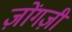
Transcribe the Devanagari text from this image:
ज़ोंगज़ी